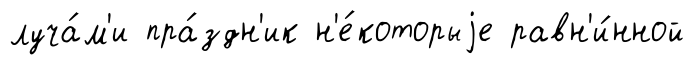
луча́м'и пра́здн'ик н'е́которыjе равн'и́нной